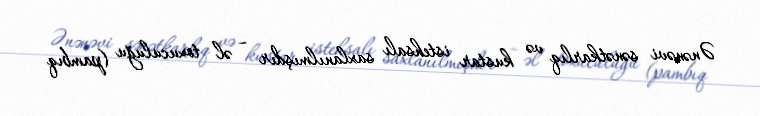
Ənənəvi sənətkarlıq və kustar istehsalı saxlanılmışdır – əl toxuculuğu (pambıq